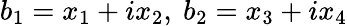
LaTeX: b_{1}=x_{1}+ix_{2},\ b_{2}=x_{3}+ix_{4}